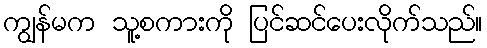
ကျွန်မက သူ့စကားကို ပြင်ဆင်ပေးလိုက်သည်။